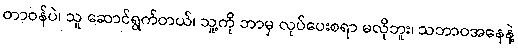
တာဝန်ပဲ၊ သူ ဆောင်ရွက်တယ်၊ သူ့ကို ဘာမှ လုပ်ပေးစရာ မလိုဘူး၊ သဘာဝအနေနဲ့